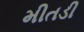
મીતડી